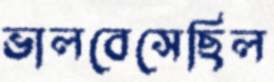
ভালবেসেছিল